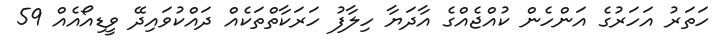
ހަތަރު އަހަރުގެ އަންހެން ކުއްޖެއްގެ އާދަޔާ ހިލާފު ހަރަކާތްތަކެއް ދައްކުވައިދޭ ވީޑިއޯއެއް 59